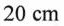
20cm